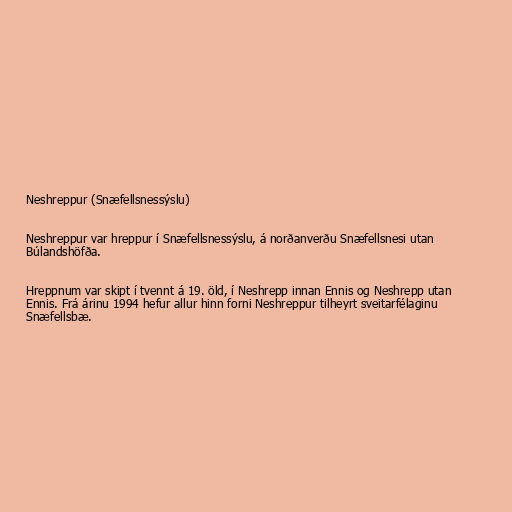
Neshreppur (Snæfellsnessýslu)

Neshreppur var hreppur í Snæfellsnessýslu, á norðanverðu Snæfellsnesi utan
Búlandshöfða.

Hreppnum var skipt í tvennt á 19. öld, í Neshrepp innan Ennis og Neshrepp utan
Ennis. Frá árinu 1994 hefur allur hinn forni Neshreppur tilheyrt sveitarfélaginu
Snæfellsbæ.